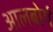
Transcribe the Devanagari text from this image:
आलबोर्ग